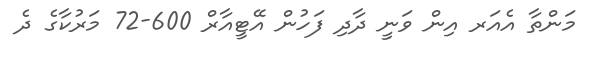
މަންތާ އެއަރ އިން ވަނީ ދާދި ފަހުން އޭޓީއާރް 600-72 މަރުކާގެ ދެ